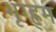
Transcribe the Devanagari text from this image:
भृग्ह्र्म